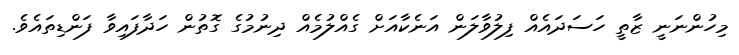
މިހުންނަނީ ޒާތީ ހަސަދައެއް ފިލުވާލަން އަނެކާއަށް ގެއްލުމެއް ދިނުމުގެ ގޮތުން ހަދާފައިވާ ފަންޑިތައެވެ.